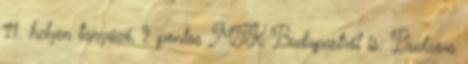
11. helyen tanyázó, 9 pontos MTK Budapestről is: Budaörs